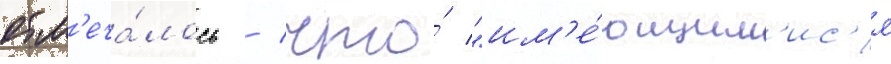
отм'еча́лось / что́ "им'е́ющим'ис'я